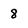
Character: 8